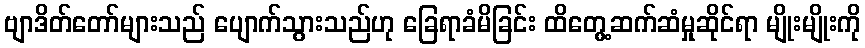
ဗျာဒိတ်တော်များသည် ပျောက်သွားသည်ဟု ခြေရာခံမိခြင်း ထိတွေ့ဆက်ဆံမှုဆိုင်ရာ မျိုးမျိုးကို